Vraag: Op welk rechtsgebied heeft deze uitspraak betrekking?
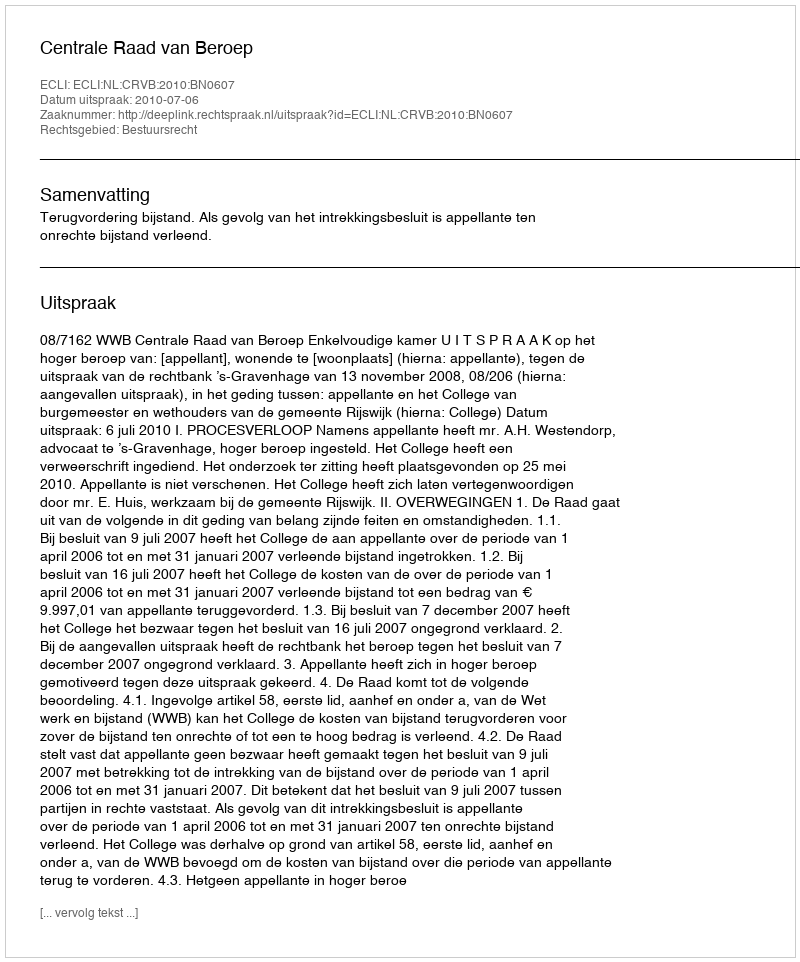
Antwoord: Bestuursrecht